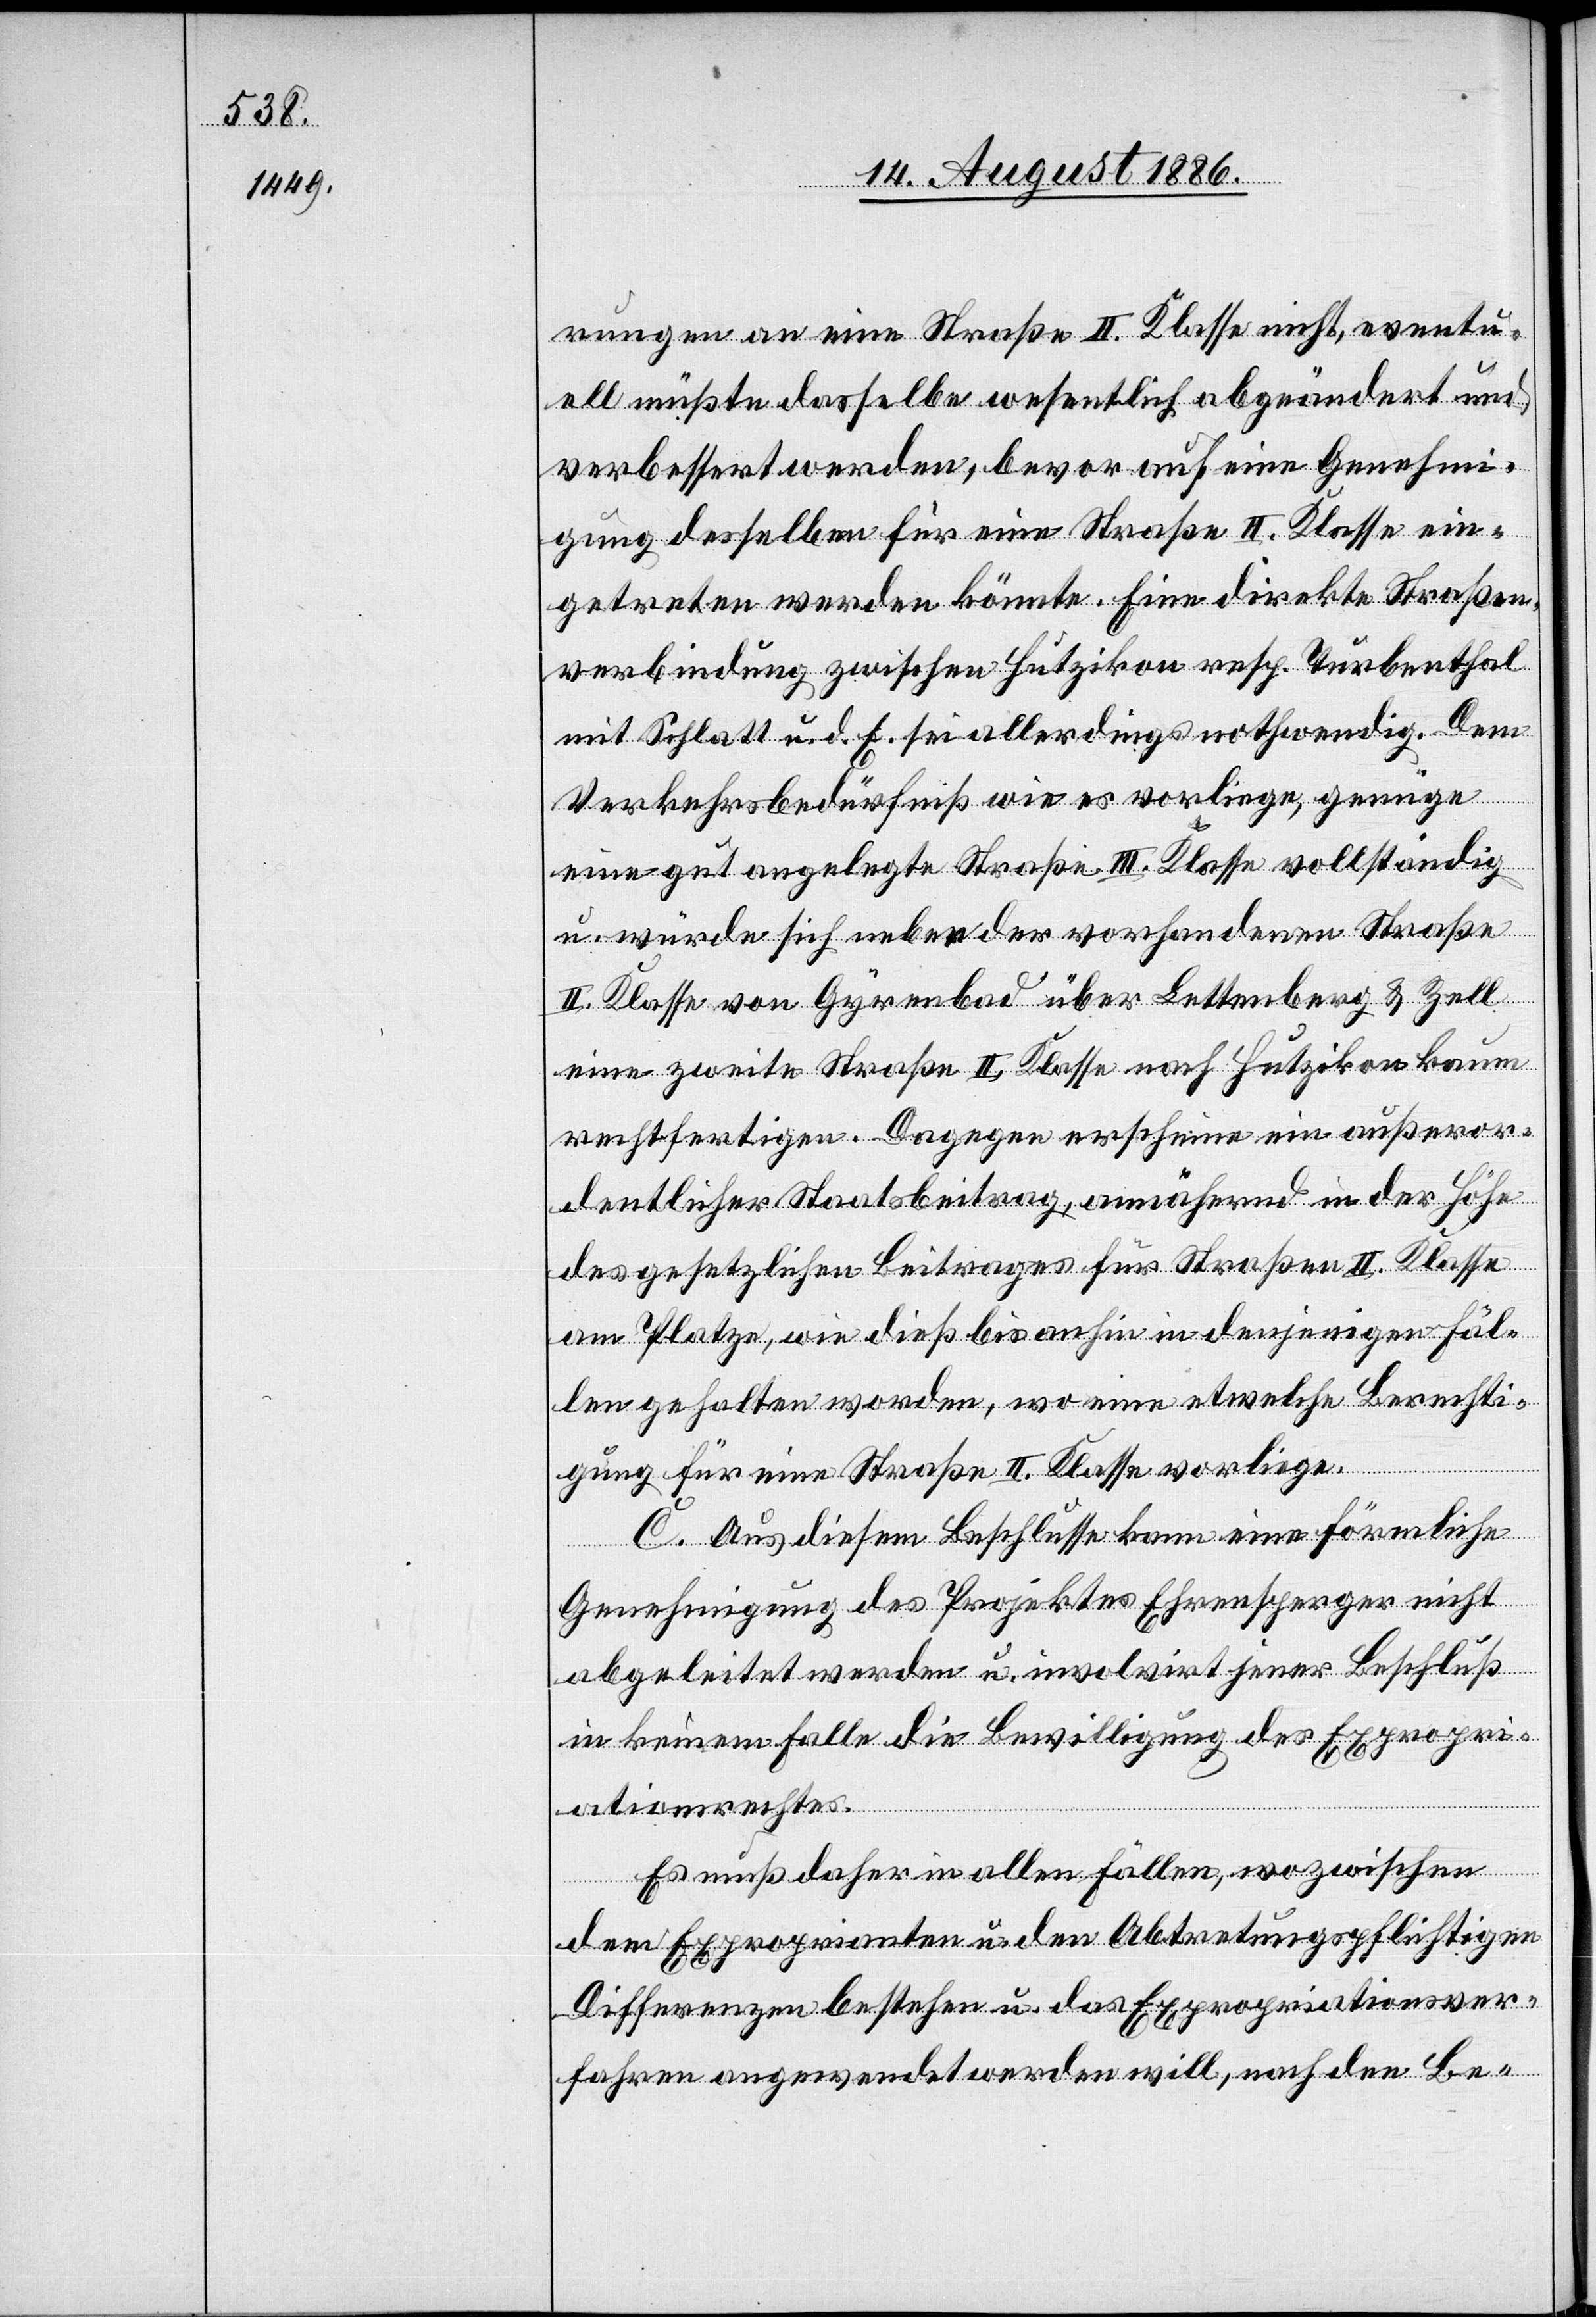
rungen an eine Straße II. Klasse nicht, eventu¬
ell müßte dasselbe wesentlich abgeändert und
verbessert werden, bevor auf eine Genehmi¬
gung desselben für eine Straße II. Klasse ein¬
getreten werden könnte. Eine direkte Straßen¬
verbindung zwischen Hutzikon resp. Turbenthal
mit Schlatt u. d. E. sei allerdings nothwendig. Dem
Verkehrsbedürfniß wie es vorliege, genüge
eine gut angelegte Straße III. Klasse vollständig
u. würde sich neben der vorhandenen Straße
II. Klasse von Gyrenbad über Bettenberg & Zell
eine zweite Straße II. Klasse nach Hutzikon kaum
rechtfertigen. Dagegen erscheine ein außeror¬
dentlicher Staatsbeitrag, annähernd in der Höhe
des gesetzlichen Beitrages für Straßen II. Klasse
am Platze, wie dieß bis anhin in denjenigen Fäl¬
len gehalten worden, wo eine etwelche Berechti¬
gung für eine Straße II. Klasse vorliege.
C. Aus diesem Beschlusse kann eine förmliche
Genehmigung des Projektes Ehrensperger nicht
abgeleitet werden u. involvirt jener Beschluß
in keinem Falle die Bewilligung des Expropri¬
ationsrechtes.
Es muß daher in allen Fällen, wo zwischen
dem Exproprianten u. den Abtretungspflichtigen
Differenzen bestehen u. das Expropriationsver¬
fahren angewendet werden will, nach den Be-